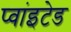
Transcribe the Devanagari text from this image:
प्वांइटेड